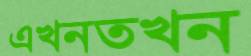
এখনতখন